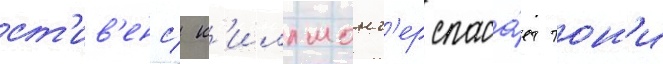
ст'ив'енс/ к'иллмонг'ер спаса́ет тон'и